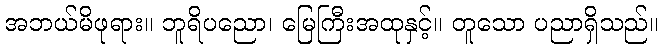
အဘယ်မိဖုရား။ ဘူရိပညော၊ မြေကြီးအထုနှင့်။ တူသော ပညာရှိသည်။